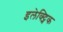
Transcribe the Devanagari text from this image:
इलेक्ट्निक